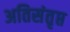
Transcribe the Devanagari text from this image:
अतिसंतृप्त